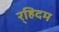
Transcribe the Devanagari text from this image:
र्‍हिदम